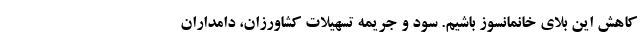
کاهش این بلای خانمانسوز باشیم. سود و جریمه تسهیلات کشاورزان، دامداران